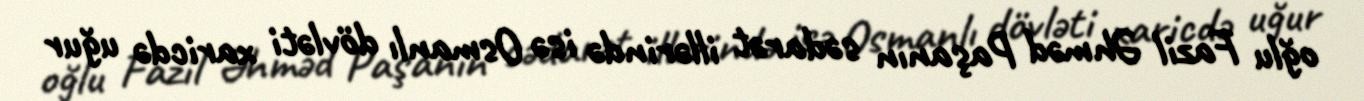
oğlu Fazil Əhməd Paşanın sədarət illərində isə Osmanlı dövləti xaricdə uğur